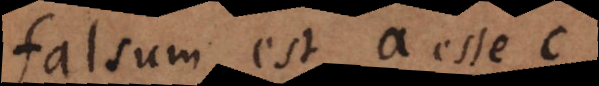
falsum est a esse c,